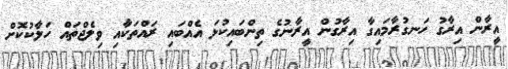
އީރާން އިރާގު ހަނގުރާމައިގާ އިރާގުން އީރާނުގެ ތިންބައިކުޅަ އެއްބައި ރައްތަކާއި ވިލެޖްތައް ހަލާކުކޮށް